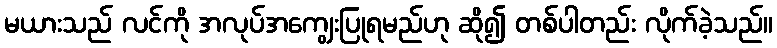
မယားသည် လင်ကို အလုပ်အကျွေးပြုရမည်ဟု ဆို၍ တစ်ပါတည်း လိုက်ခဲ့သည်။